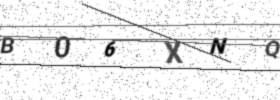
Text: B06XNQ